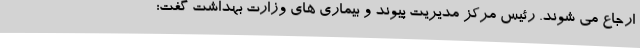
ارجاع می شوند. رئیس مرکز مدیریت پیوند و بیماری های وزارت بهداشت گفت: